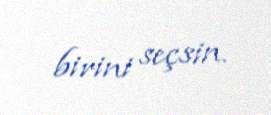
birini seçsin.